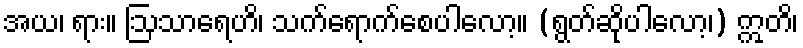
အယ၊ ရား။ ဩသာရေဟိ၊ သက်ရောက်စေပါလော့။ (ရွတ်ဆိုပါလော့၊) ဣတိ၊